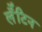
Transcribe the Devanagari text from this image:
लॅॅॅटिन